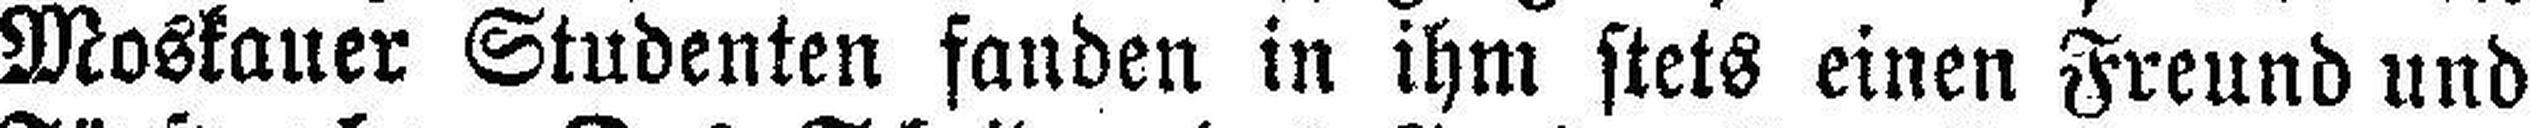
Moskauer Studenten fanden in ihm stets einen Freund und